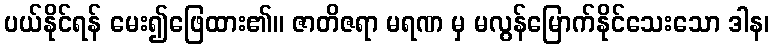
ပယ်နိုင်ရန် မေး၍ဖြေထား၏။ ဇာတိဇရာ မရဏ မှ မလွန်မြောက်နိုင်သေးသော ဒါန၊